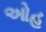
ઓહ